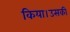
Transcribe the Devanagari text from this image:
किया।उसकी